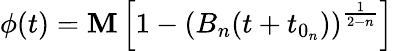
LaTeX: \phi(t)=\mathbf{M}\left[1-\left(B_{n}(t+t_{0_{n}})\right)^{\frac{{1}}{{2-n}}}\right]